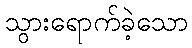
သွားရောက်ခဲ့သော